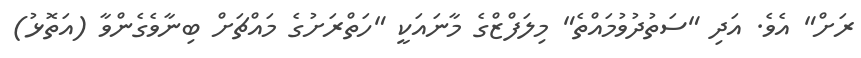
ރަށް" އެވެ. އަދި "ސަތުދުވުމައްތެ" މިލަފްޒްގެ މާނައަކީ "ހަތްރަށުގެ މައްޗަށް ބިނާވެގެންވާ (އަތޮޅު)